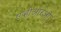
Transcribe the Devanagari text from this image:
एव्हीआरओ